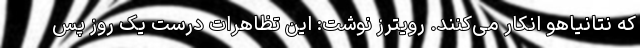
که نتانیاهو انکار می‌کنند. رویترز نوشت: این تظاهرات درست یک روز پس